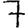
Digit: 7